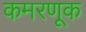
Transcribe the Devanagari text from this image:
कमरणूक